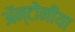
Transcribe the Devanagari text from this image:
ॲन्टोनीया